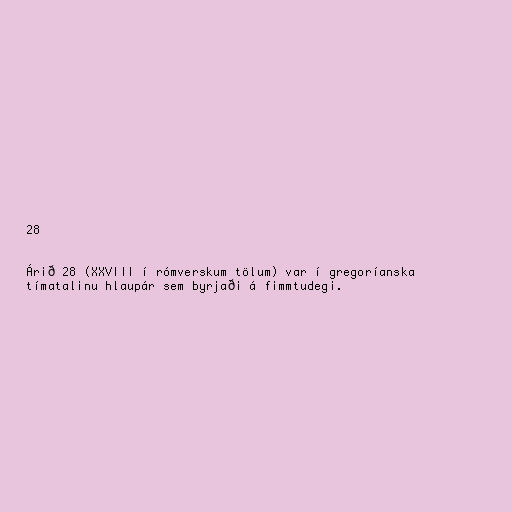
28

Árið 28 (XXVIII í rómverskum tölum) var í gregoríanska
tímatalinu hlaupár sem byrjaði á fimmtudegi.